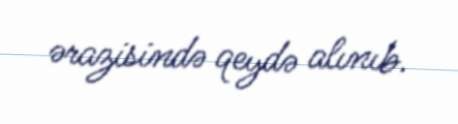
ərazisində qeydə alınıb.